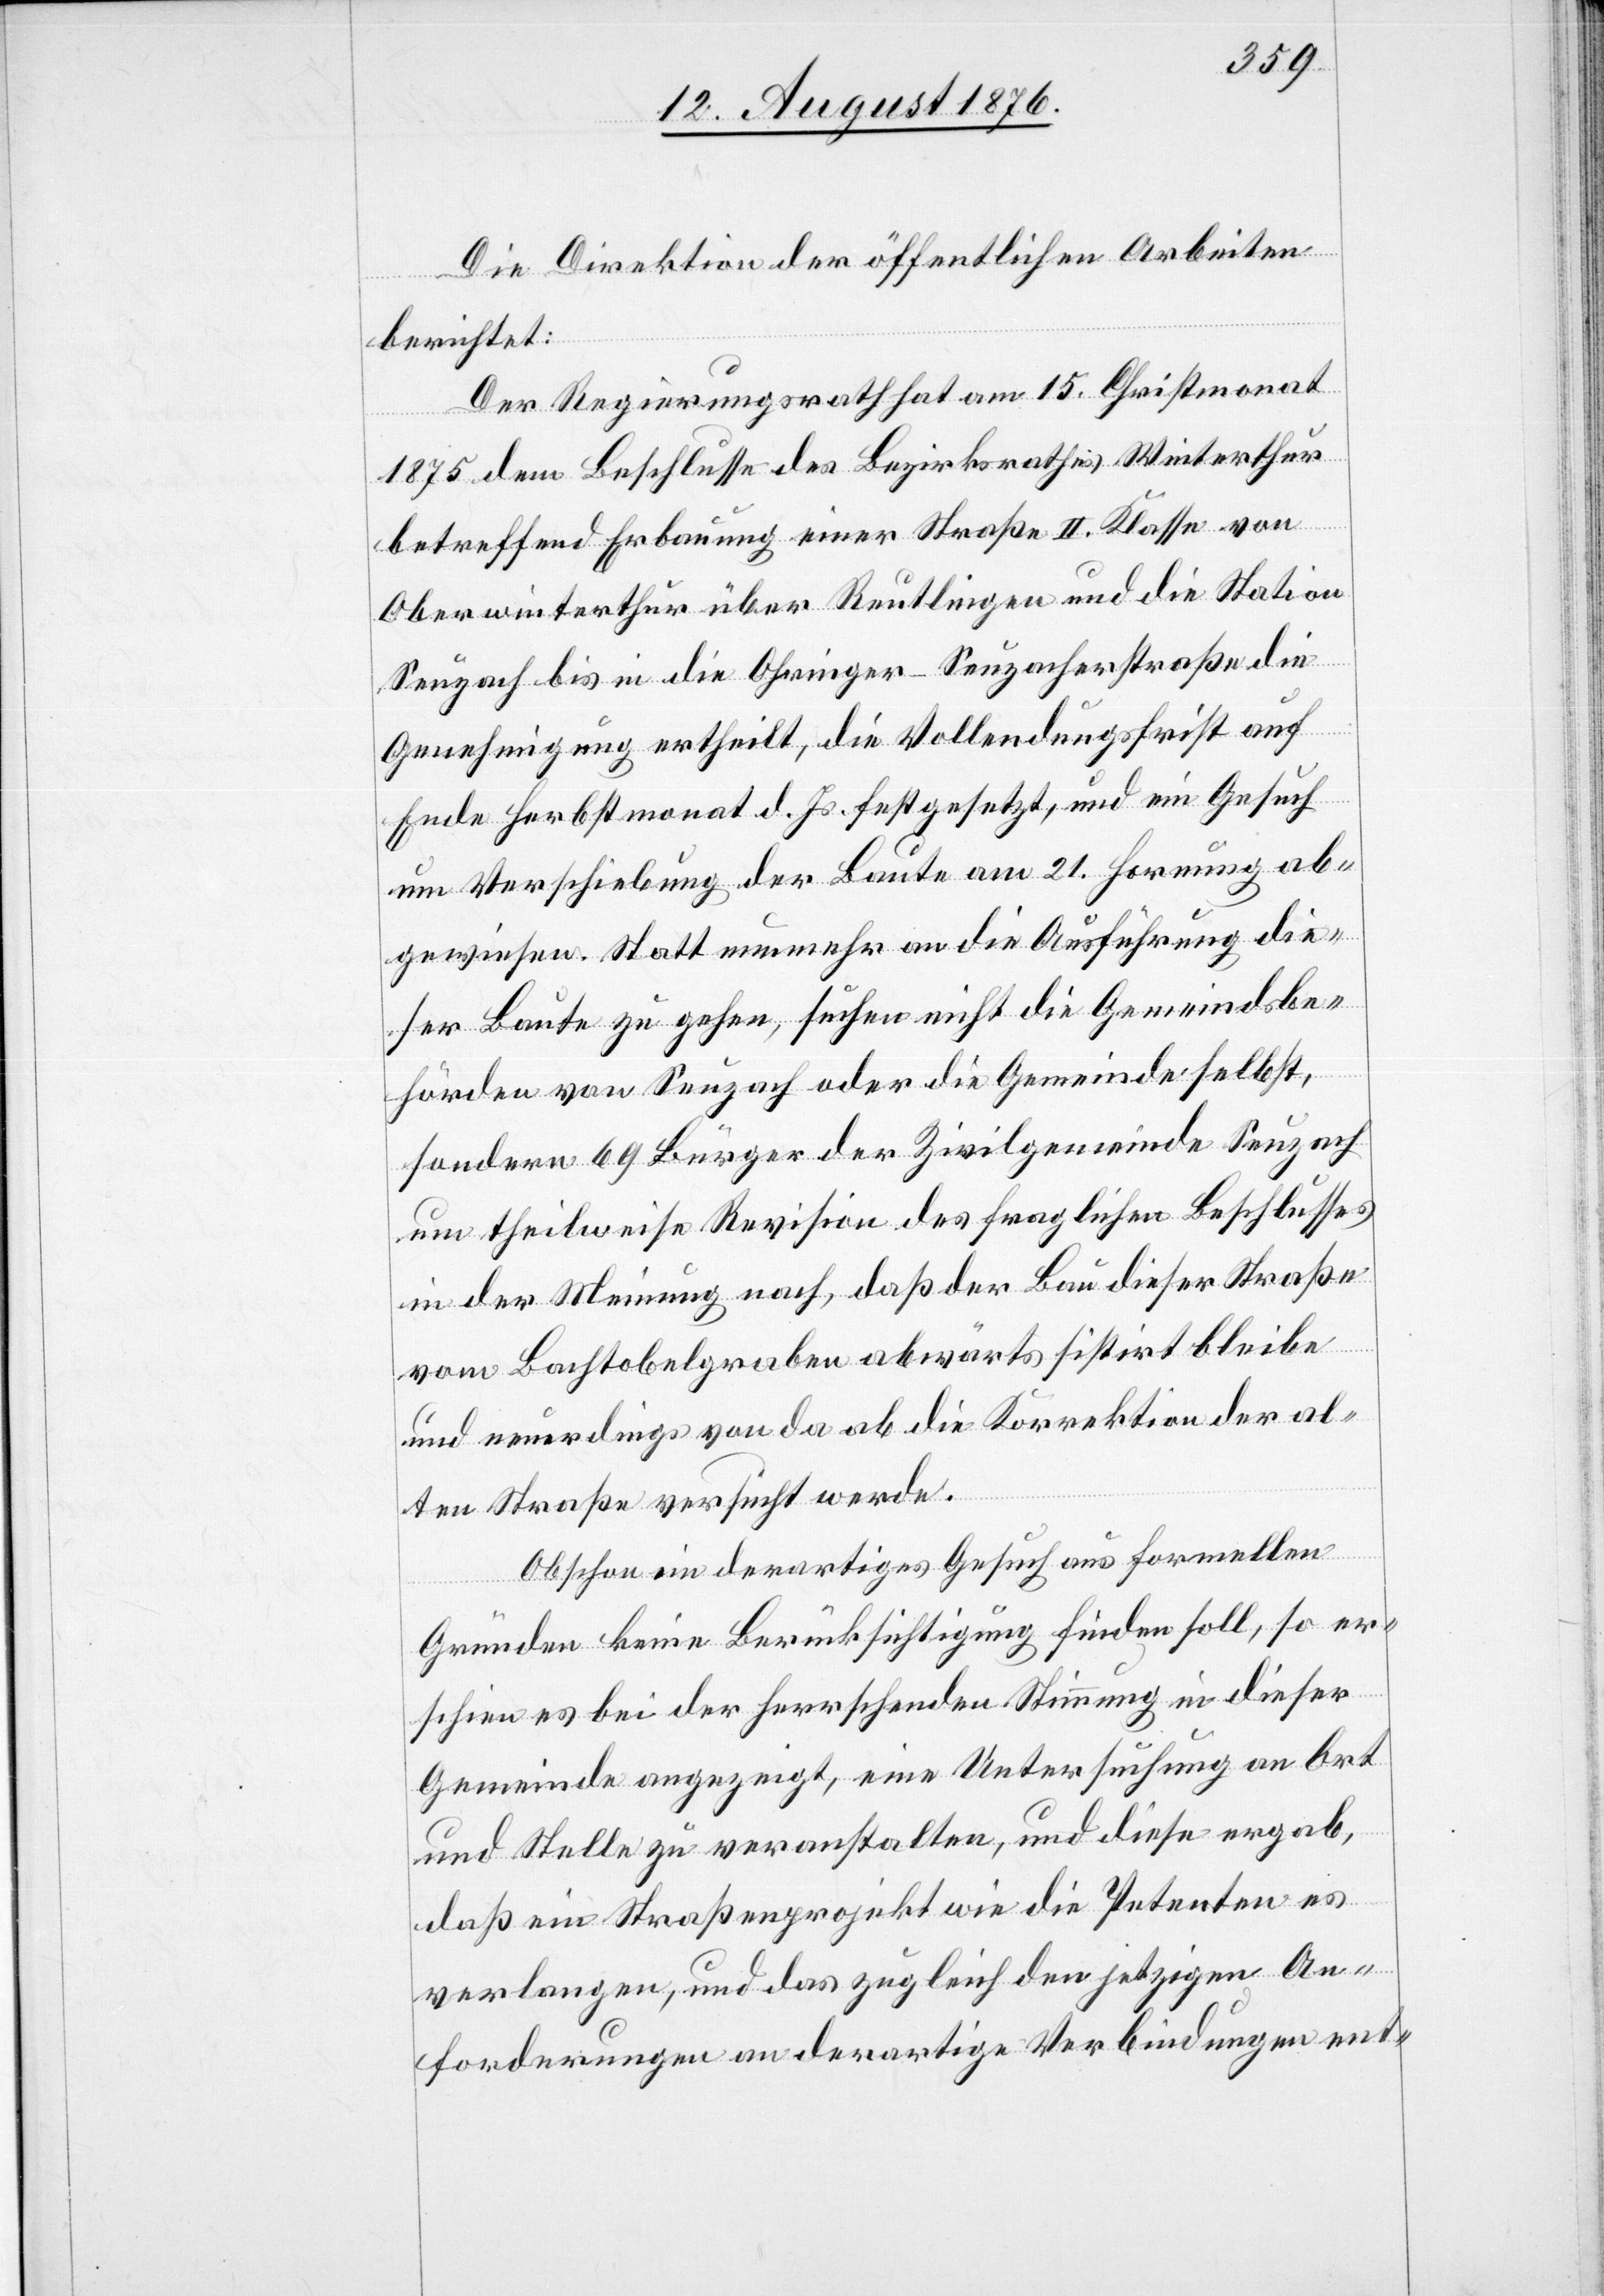
Die Direktion der öffentlichen Arbeiten
berichtet:
Der Regierungsrath hat am 15. Christmonat
1876 dem Beschlusse des Bezirksrathes Winterthur
betreffend Erbauung einer Straße II. Klasse von
Oberwinterthur über Reutlingen und die Station
Seuzach bis in die Ohringer–Seuzacherstraße die
Genehmigung ertheilt, die Vollendungsfrist auf
Ende Herbstmonat d. Js. festgesetzt, und ein Gesuch
um Verschiebung der Baute am 21. Hornung ab¬
gewiesen. Statt nunmehr an die Ausführung die¬
ser Baute zu gehen, suchen nicht die Gemeindsbe¬
hörden von Seuzach oder die Gemeinde selbst,
sondern 69 Bürger der Zivilgemeinde Seuzach
um theilweise Revision des fraglichen Beschlusses
in der Meinung nach, daß der Bau dieser Straße
vom Bachtobelgraben abwärts sistirt bleibe
und neuerdings von da ab die Korrektion der al¬
ten Straße versucht werde.
Obschon ein derartiges Gesuch aus formellen
Gründen keine Berücksichtigung finden soll, so er¬
schien es bei der herrschenden Stimmung in dieser
Gemeinde angezeigt, eine Untersuchung an Ort
und Stelle zu veranstalten, und diese ergab,
daß ein Straßenprojekt wie die Petenten es
verlangen, und das zugleich den jetzigen An¬
forderungen an derartige Verbindungen ent-